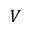
V